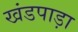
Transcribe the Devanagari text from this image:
खंडपाड़ा